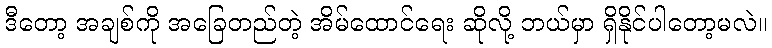
ဒီတော့ အချစ်ကို အခြေတည်တဲ့ အိမ်ထောင်ရေး ဆိုလို့ ဘယ်မှာ ရှိနိုင်ပါတော့မလဲ။